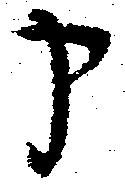
申